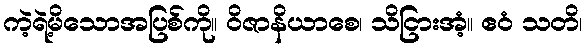
ကဲ့ရဲ့မိသောအပြစ်ကို။ ဝိဇာနိယာစေ၊ သိငြားအံ့။ ဧဝံ သတိ၊